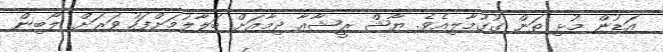
އަޑުން މުޅި ތަން ގުގުމާލިއެވެ. ޔާޝް ރީޝާއާ ދިމާއަށް ބަލާލުމަށްފަހު ވަރަށް ލޯބިން